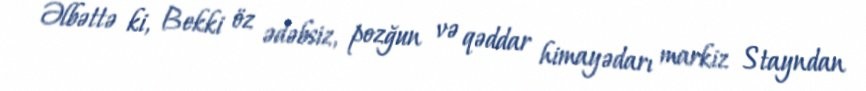
Əlbəttə ki, Bekki öz ədəbsiz, pozğun və qəddar himayədarı markiz Stayndan